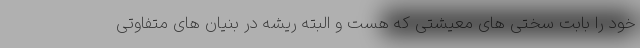
خود را بابت سختی های معیشتی که هست و البته ریشه در بنیان های متفاوتی